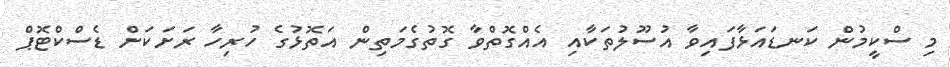
މި ސްކީމުން ކަނޑައަޅާފައިވާ އުސޫލުތަކާއި އެއްގޮތްވާ ގޮތުގެމަތިން އަތޮޅުގެ ހުރިހާ ރަށަކަށް ޑެސްކްޓޮޕް